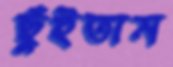
ছুঁইতাম